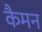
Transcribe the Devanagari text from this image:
कैमन